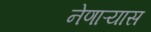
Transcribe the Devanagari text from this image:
नेणाऱ्यास